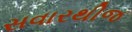
સવારથીજ